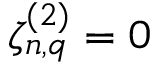
\zeta _ { n , q } ^ { ( 2 ) } = 0